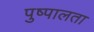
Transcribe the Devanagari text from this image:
पुष्पालता